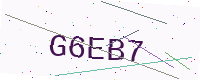
Text: G6EB7